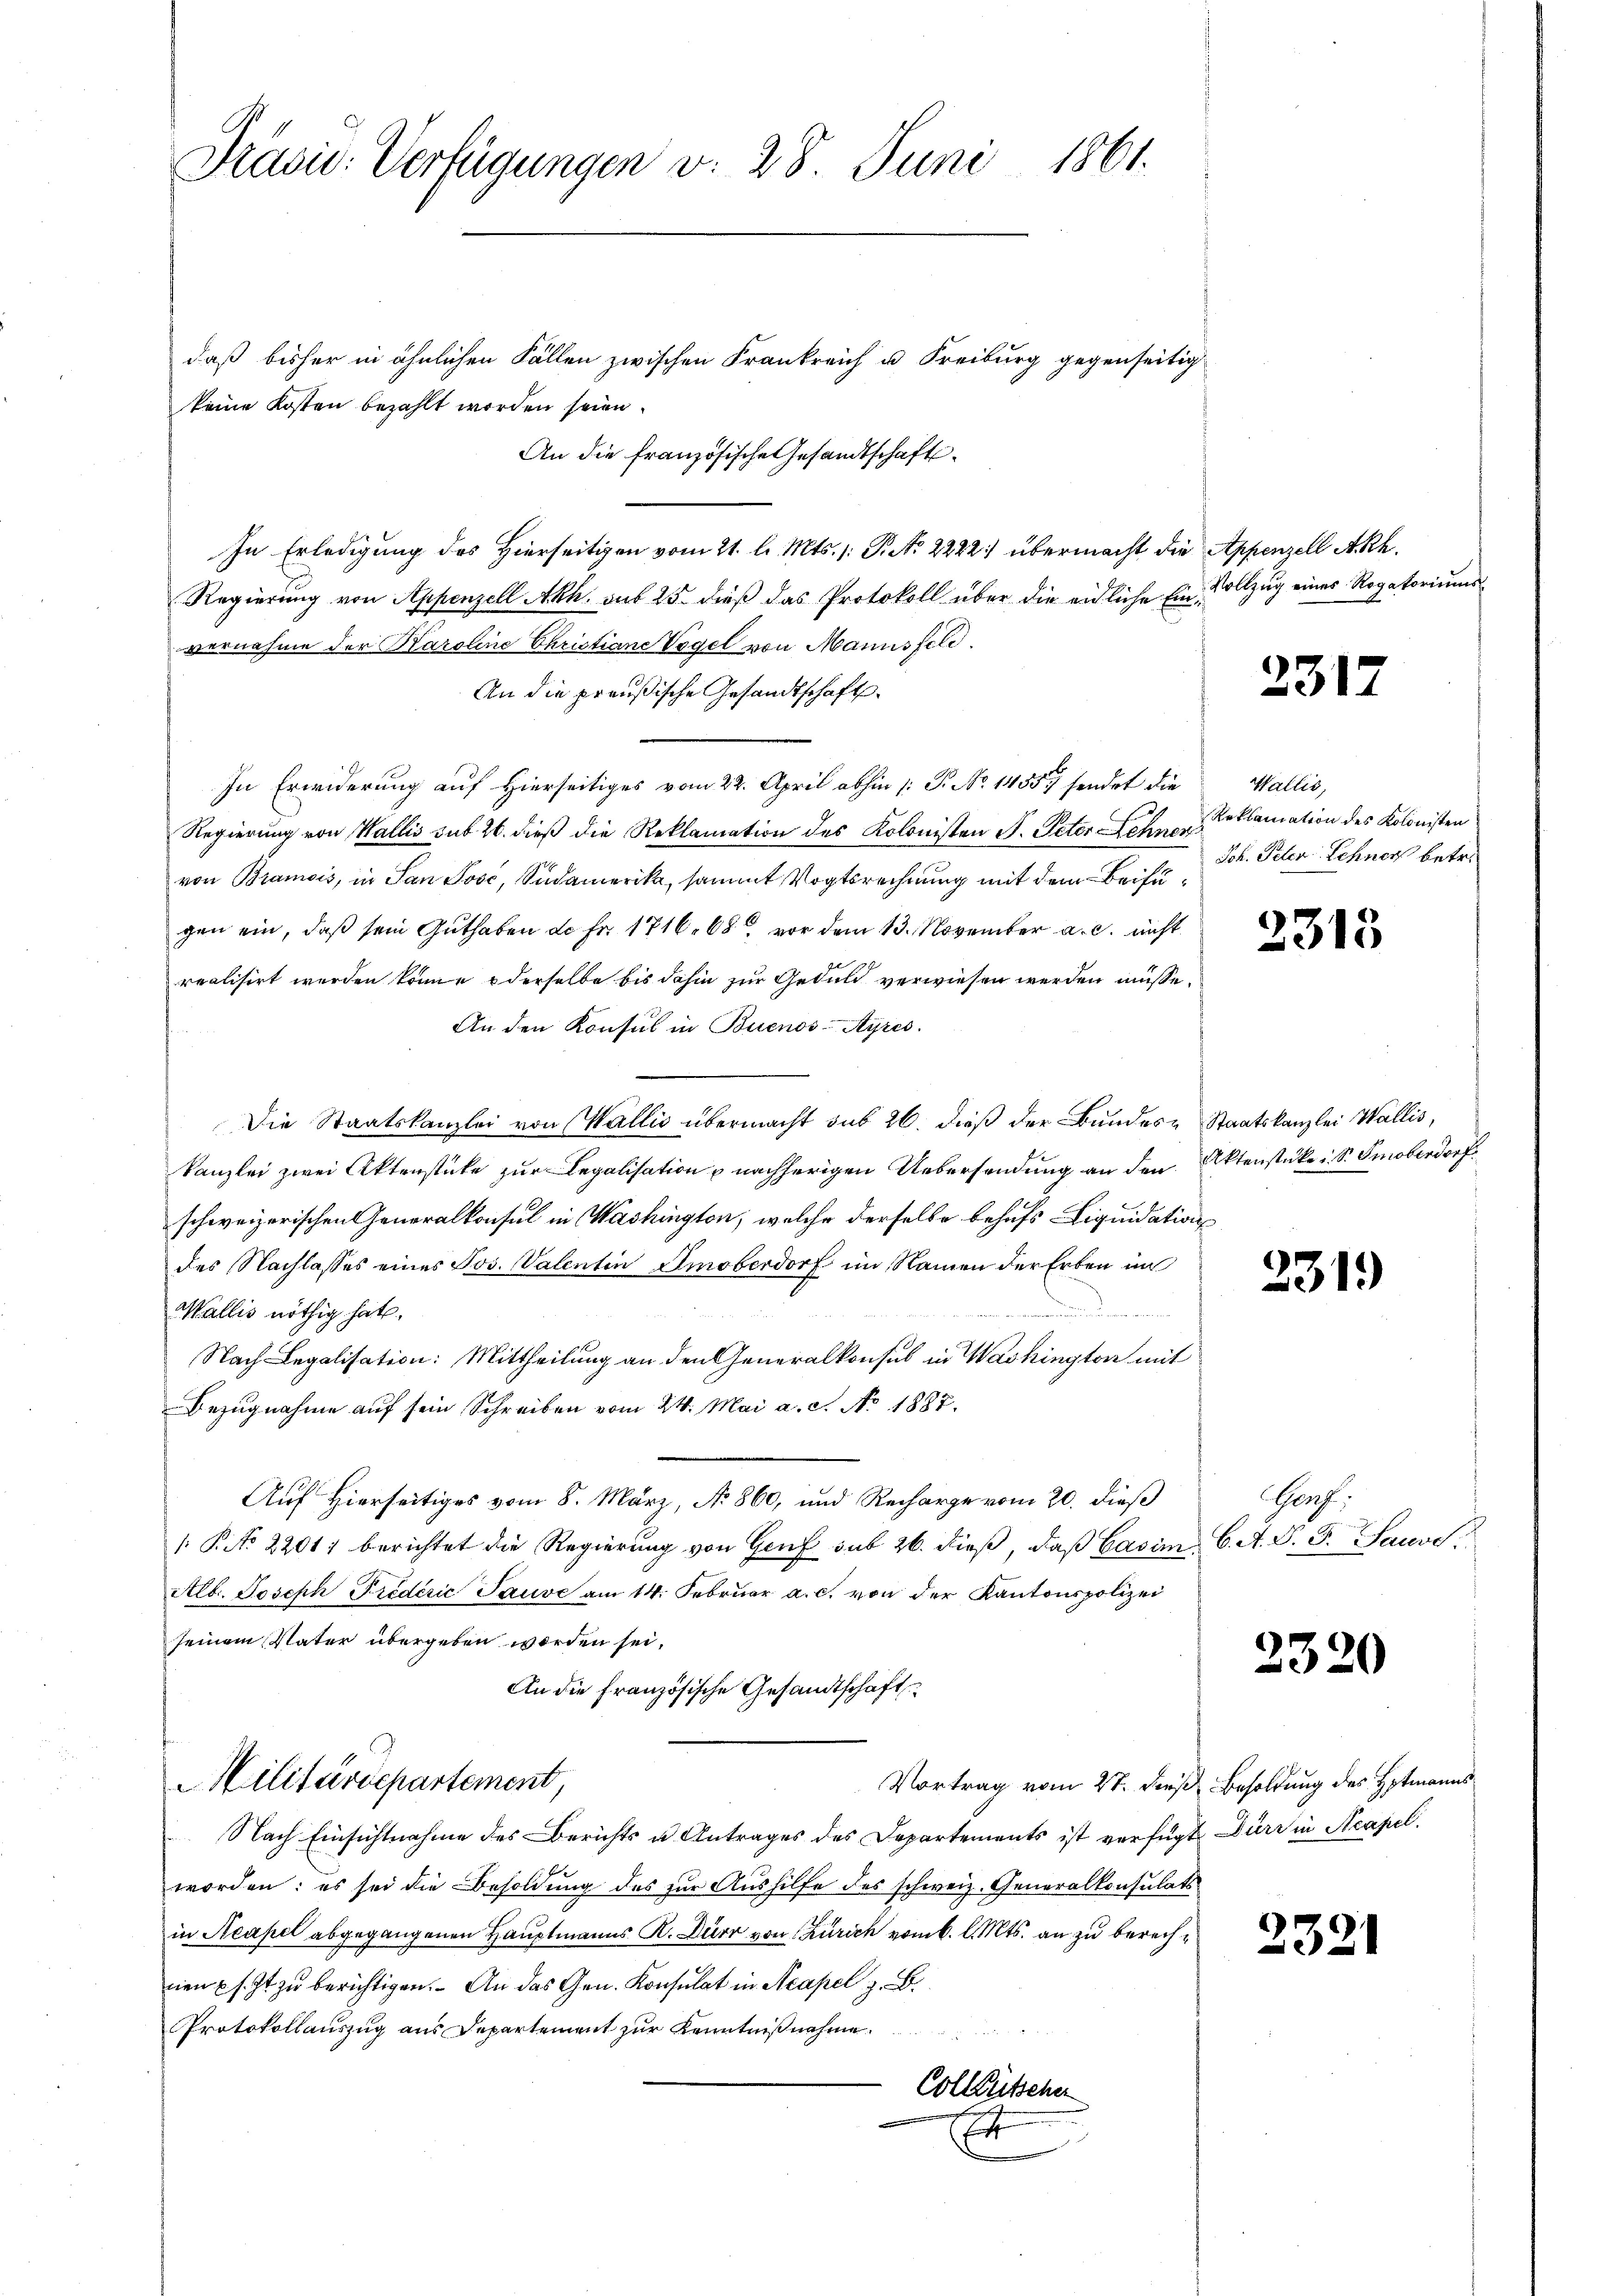
daß bisher in ähnlichen Fällen zwischen Frankreich u. Freiburg gegenseitig
keine Kosten bezahlt worden seien.
An die französische Gesandtschaft
In Erledigung des Hierseitigen vom 21. l. Mts. 1. P. Nr. 2222. übermacht die Appenzell Akh.
Vollzug eines Rogatoriums
Regierung von Appenzell Akh. sub 25. dieß das Protokoll über die eidliche Einvernahme der Karoline Christiane Vogel von Mannsfeld.
An die preußische Gesandtschaft.
In Erwiderung auf Hierseitiges vom 22. April abhin /: P. No 1455. sendet die Wallis,
Regierung von Wallis sub 26. dieß die Reklamation des Kolonisten S. Peter Lehnen
von Bramois, in San José, Südamerika, sammt Vogtsrechnung mit dem Beifügen ein, daß sein Guthaben de fr. 1716. 68, vor dem 13. November a. c. nicht
realisirt werden könne, o derselbe bis dahin zur Geduld verwiesen werden müsse.
An den Konsul in Buenos-Ayres.
Die Staatskanzlei von Wallis übermacht sub 26. dieß der Bundes Staatskanzlei Wallis,
kanzlei zwei Aktenstücke zur Legalisation u nachherigen Uebersendung an den Aktenstücke u. S. Smoberdorf
schweizerischen Generalkonsul in Washington, welche derselbe behufs Liquidations
des Nachlasses eines Jos. Valentin Amoberdorf im Namen der Erben im
2319
Wallis nöthig hat.
d
Nach Legalisation: Mittheilung an den Generalkonsul in Washington mit
Bezugnahme auf sein Schreiben vom 24. Mai a. c. No. 1887.
Harpf
Auf Hierseitiges vom 8. März, No 860, und Recharge vom 20. dieß
 P. No 22017 berichtet die Regierung von Genf sub 26. dieβ, daß Casim 6. A. S. F. Pause
Alb. Joseph Predérić Sauve am 14. Februar a. c. von der Kantonspolizei
seinem Vater übergeben worden sei,
2320
An die französische Gesandtschaft
Militärdepartement,
Vortrag vom 27. dieß, Besoldung des Hptmanns
Nach Einsichtnahme des Berichts u. Antrages des Departements ist verfügt Düre in Acapel.
worden: es sei die Besoldung des zur Aushilfe des schweiz. Generalkonsulats
in Neapel abgegangenen Hauptmanns R. Dürr von Zürich vom k. l. Mts. an zu berech¬
2321
nen s. Zt. zu berichtigen. An das Gen. Konsulat in Neapel z. B.
Protokollauszug aus Departement zur Kenntnißnahme
Colletscher
Er

Präsid. Verfügungen v. 28 Juni 1861.

2312

Reklamation des Kolonisten
Joh. Peter Schners betr.

2315